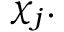
\chi _ { j } .